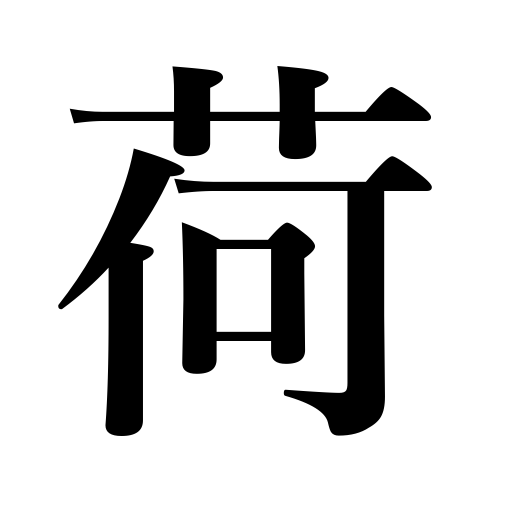
Meanings: burden,cargo,freight,shoulder-pole load,load,baggage